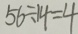
5 6 \div 1 4 = 4